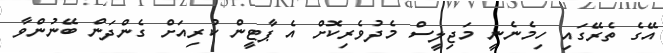
އޭގެ ތެރޭގައި ހިމެނެނީ މަޖިލީސް މެދުވެރިކޮށް އެ ޕާޓީން ކުރިއަށް ގެންދަން ބޭނުންވާ